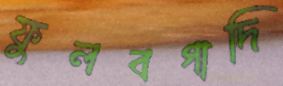
ফুলবগাদি